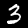
Label: 3